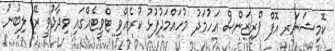
ކޮމިޝަނަރ އޮފް ޕްރިޒަންސް އަހުމަދު މުހައްމަދުފުޅު ކުރެއްވި ޓްވީޓެއްގައި ވިދާޅުވީ ރޭ ލިބުނު